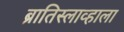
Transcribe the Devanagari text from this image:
ब्रातिस्लाव्हाला